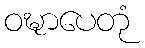
ဝဍ္ဎာပေတုံ